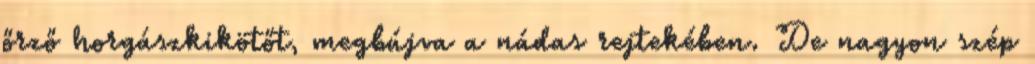
őrző horgászkikötőt, megbújva a nádas rejtekében. De nagyon szép